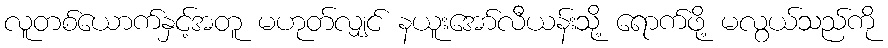
လူတစ်ယောက်နှင့်အတူ မဟုတ်လျှင် နယူးအော်လီယန်းသို့ ရောက်ဖို့ မလွယ်သည်ကို